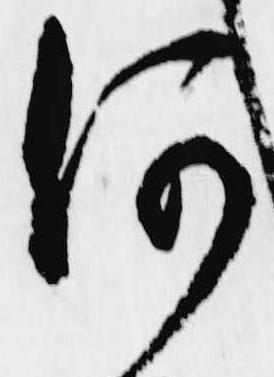
何